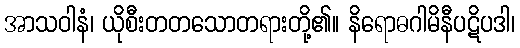
အာသဝါနံ၊ ယိုစီးတတသောတရားတို့၏။ နိရောဓဂါမိနီပဋိပဒါ၊